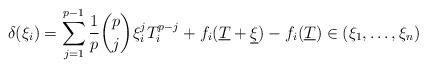
LaTeX: \begin{align*}\delta(\xi_i)=\sum_{j=1}^{p-1}\frac{1}{p}\binom{p}{j} \xi_i^jT_i^{p-j}+f_i(\underline{T}+\underline{\xi})-f_i(\underline{T})\in (\xi_1,\dots, \xi_n)\end{align*}